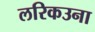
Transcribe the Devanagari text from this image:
लरिकउना